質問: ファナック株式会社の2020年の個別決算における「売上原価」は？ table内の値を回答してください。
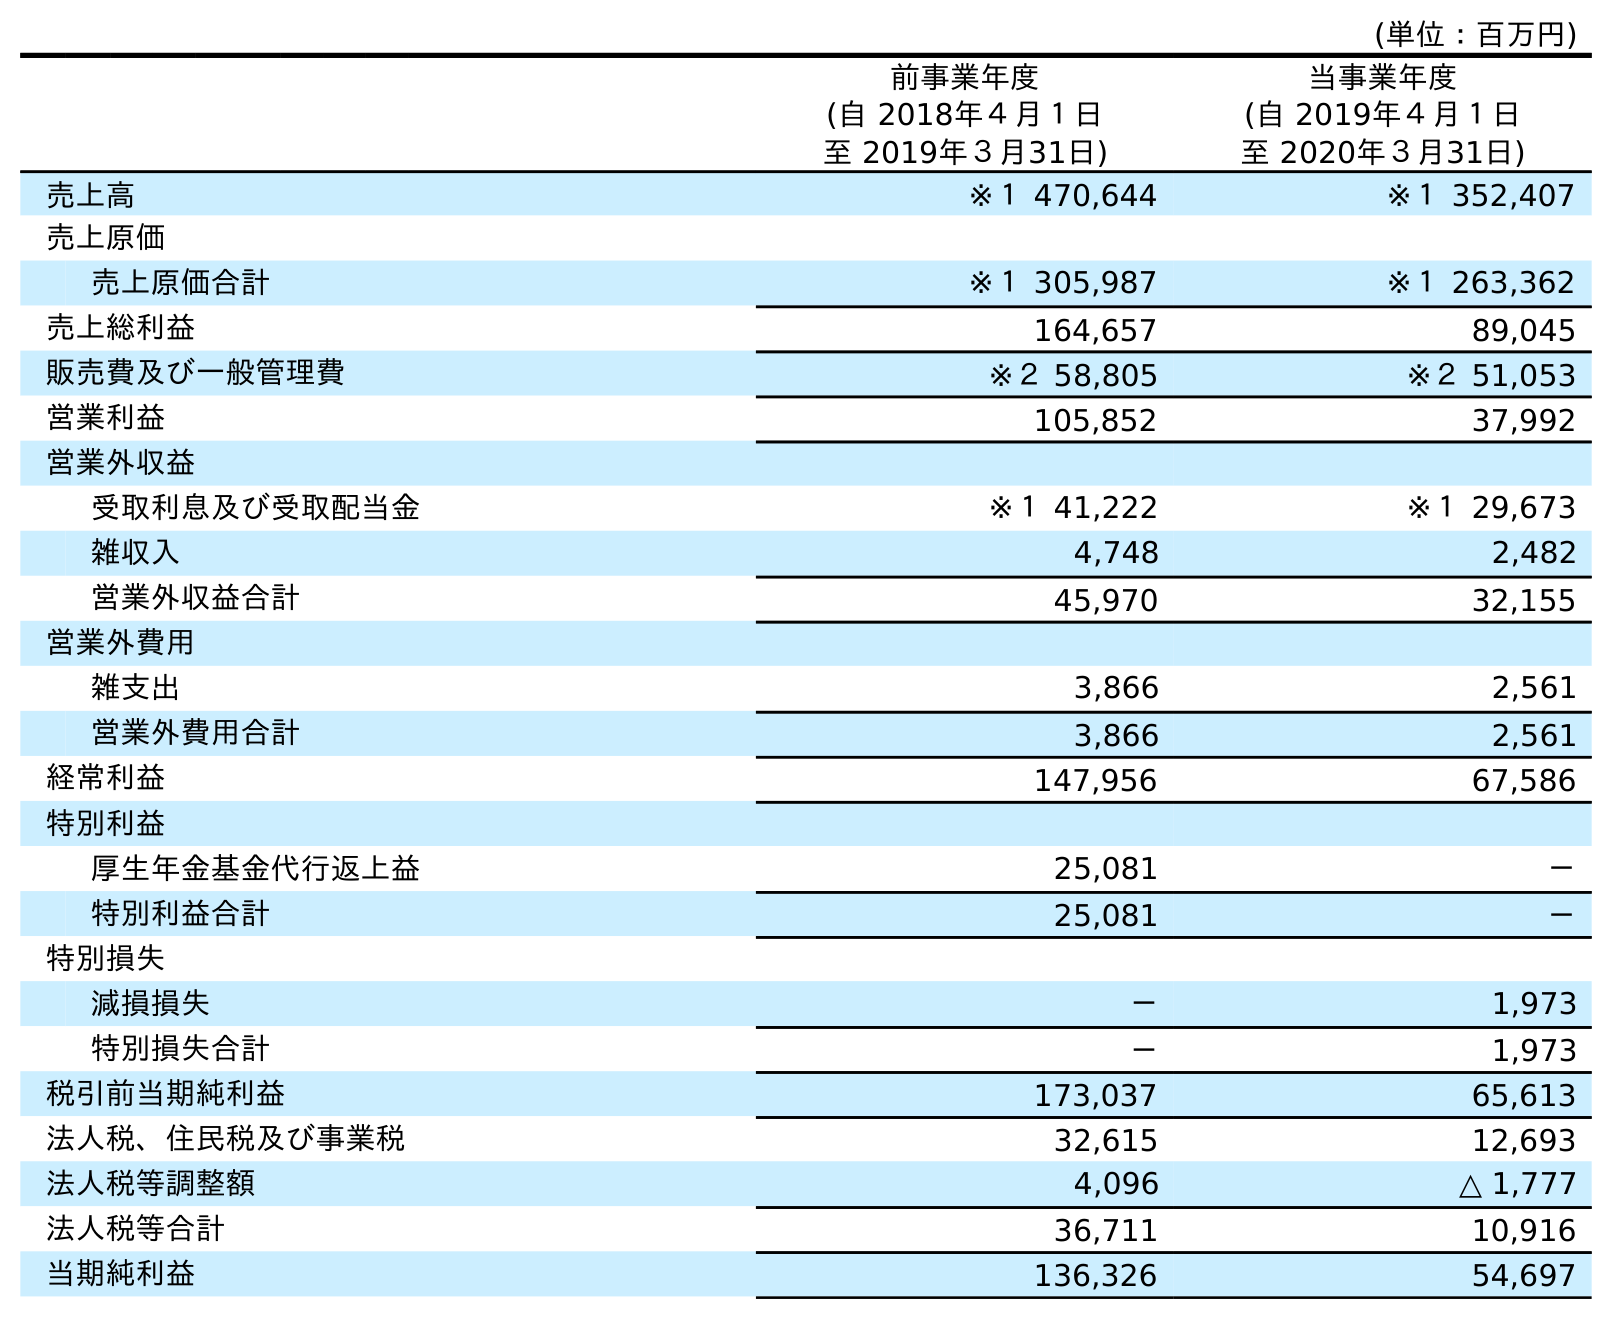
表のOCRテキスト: (単位：百万円) 前事業年度 (自 2018年４月１日 至 2019年３月31日) 当事業年度 (自 2019年４月１日 至 2020年３月31日) 売上高 ※１ 470,644 ※１ 352,407 売上原価 売上原価合計 ※１ 305,987 ※１ 263,362 売上総利益 164,657 89,045 販売費及び一般管理費 ※２ 58,805 ※２ 51,053 営業利益 105,852 37,992 営業外収益 受取利息及び受取配当金 ※１ 41,222 ※１ 29,673 雑収入 4,748 2,482 営業外収益合計 45,970 32,155 営業外費用 雑支出 3,866 2,561 営業外費用合計 3,866 2,561 経常利益 147,956 67,586 特別利益 厚生年金基金代行返上益 25,081 － 特別利益合計 25,081 － 特別損失 減損損失 － 1,973 特別損失合計 － 1,973 税引前当期純利益 173,037 65,613 法人税、住民税及び事業税 32,615 12,693 法人税等調整額 4,096 △ 1,777 法人税等合計 36,711 10,916 当期純利益 136,326 54,697
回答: ※１263,362